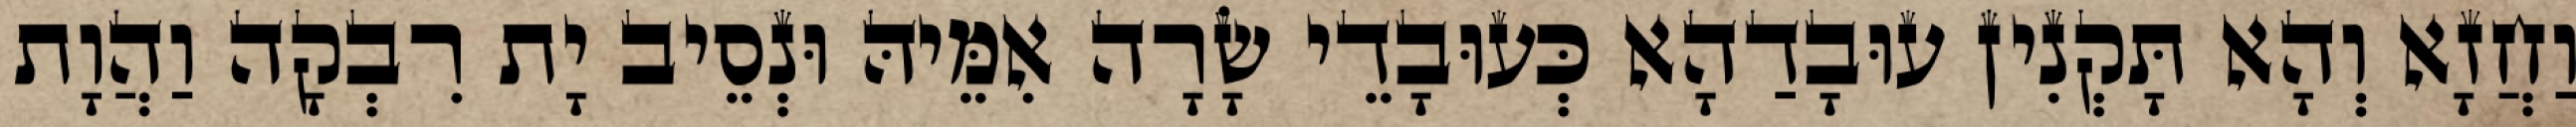
וַחֲזָא וְהָא תָּקְנִין עוּבָדַהָא כְּעוּבָדֵי שָׂרָה אִמֵּיהּ וּנְסֵיב יָת רִבְקָה וַהֲוָת